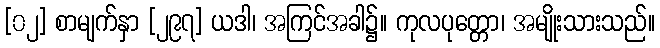
[၀၂] စာမျက်နှာ [၂၉၇] ယဒါ၊ အကြင်အခါ၌။ ကုလပုတ္တော၊ အမျိုးသားသည်။